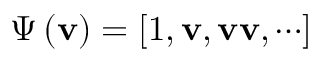
{ \boldsymbol { \Psi } } \left( { \bf { v } } \right) = \left[ { 1 , { \bf { v } } , { \bf { v v } } , \cdots } \right]